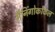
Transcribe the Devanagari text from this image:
मैनिंगोकोकल